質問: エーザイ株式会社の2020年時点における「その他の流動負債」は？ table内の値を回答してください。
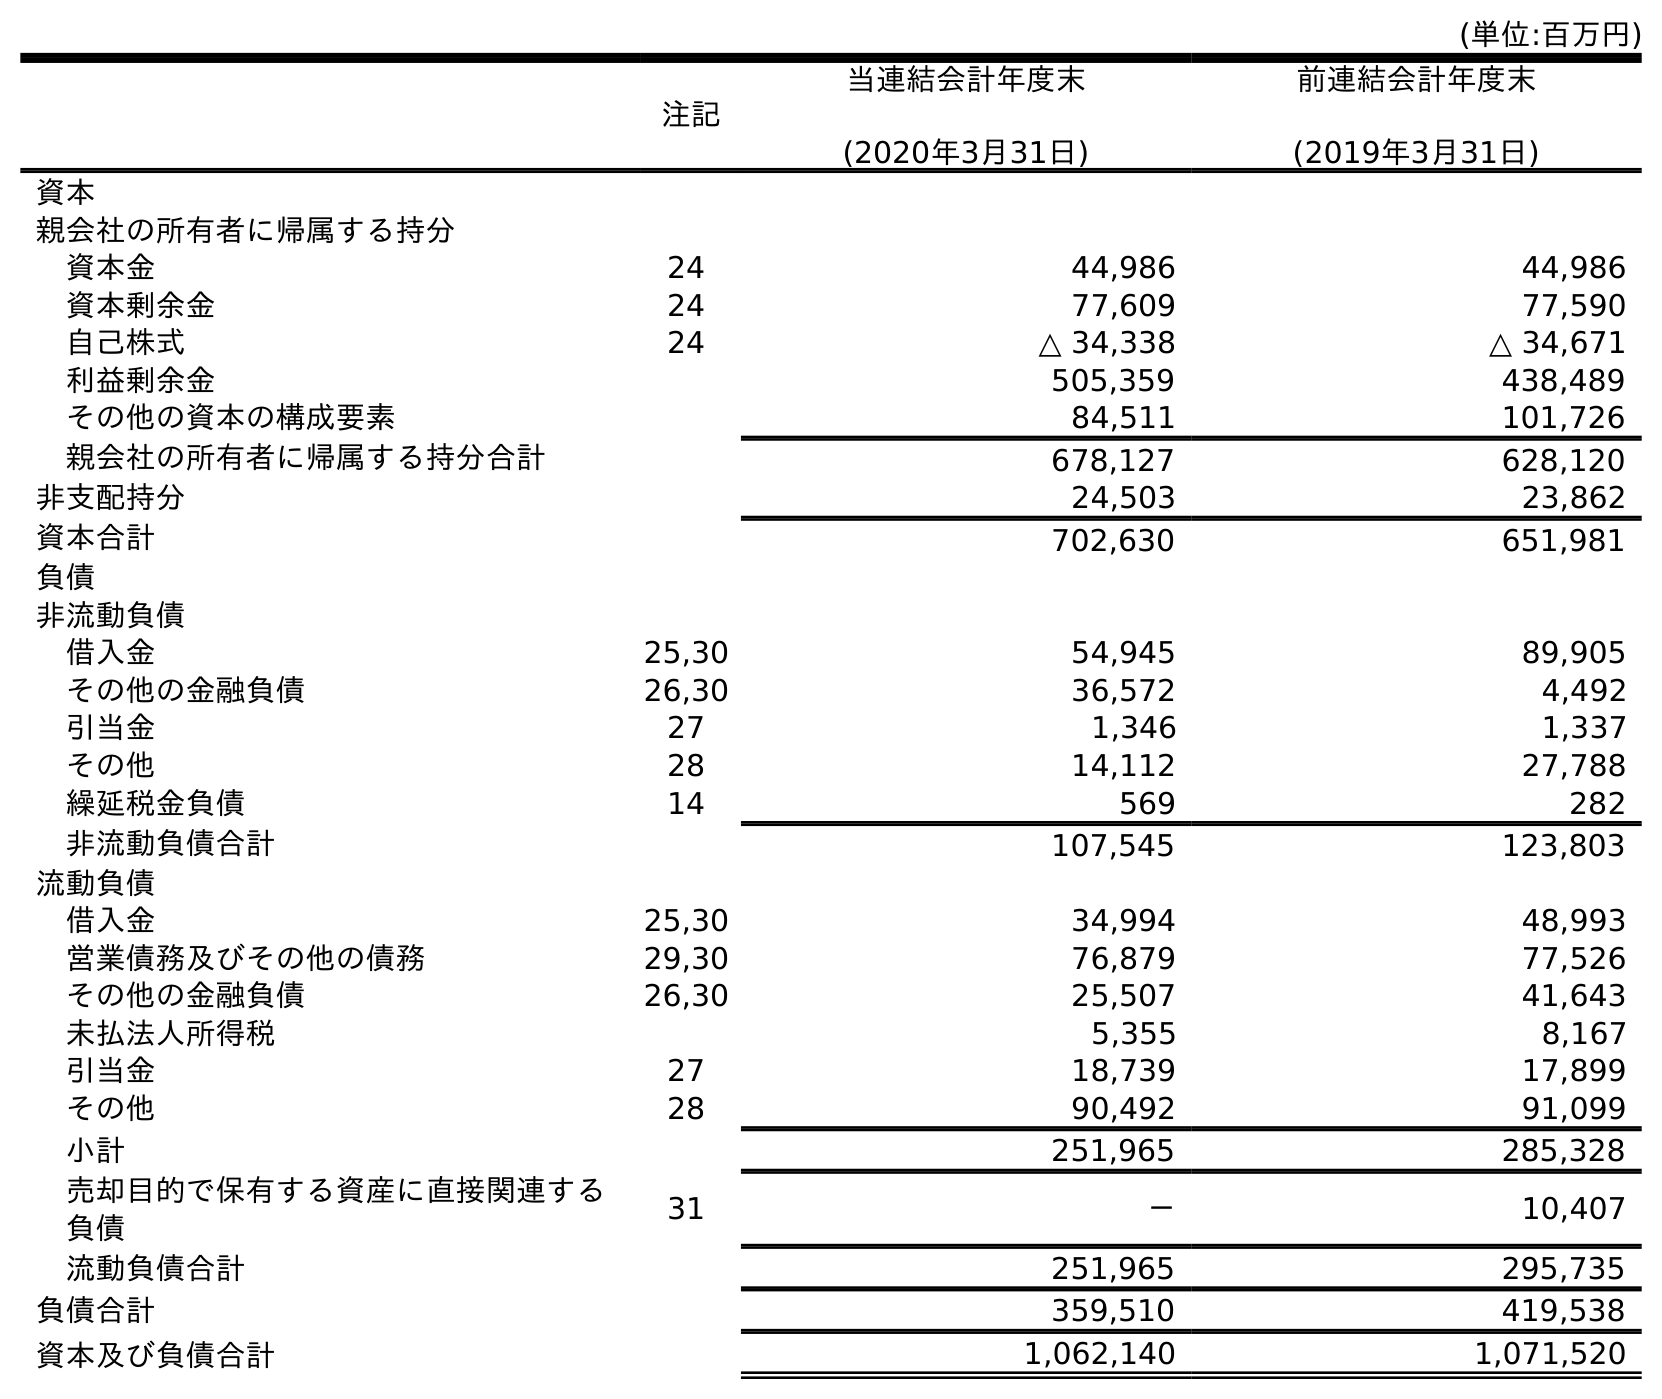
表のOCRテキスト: (単位:百万円) 注記 当連結会計年度末 (2020年3月31日) 前連結会計年度末 (2019年3月31日) 資本 親会社の所有者に帰属する持分 資本金 24 44,986 44,986 資本剰余金 24 77,609 77,590 自己株式 24 △ 34,338 △ 34,671 利益剰余金 505,359 438,489 その他の資本の構成要素 84,511 101,726 親会社の所有者に帰属する持分合計 678,127 628,120 非支配持分 24,503 23,862 資本合計 702,630 651,981 負債 非流動負債 借入金 25,30 54,945 89,905 その他の金融負債 26,30 36,572 4,492 引当金 27 1,346 1,337 その他 28 14,112 27,788 繰延税金負債 14 569 282 非流動負債合計 107,545 123,803 流動負債 借入金 25,30 34,994 48,993 営業債務及びその他の債務 29,30 76,879 77,526 その他の金融負債 26,30 25,507 41,643 未払法人所得税 5,355 8,167 引当金 27 18,739 17,899 その他 28 90,492 91,099 小計 251,965 285,328 売却目的で保有する資産に直接関連する 負債 31 － 10,407 流動負債合計 251,965 295,735 負債合計 359,510 419,538 資本及び負債合計 1,062,140 1,071,520
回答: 90,492